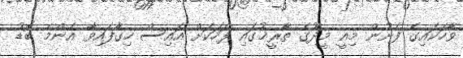
ވާހަކައިގެ ފެށުން މިއީ މީދޫގެ ތާރީޚުގައި ފަހަކަށް އައިސް ހިގާފައިވާ އެންމެ ބޮޑު